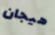
هيجان